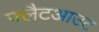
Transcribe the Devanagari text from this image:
फ़्लैटआउट